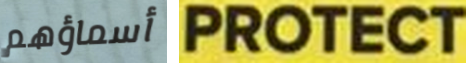
أسماؤهم PROTECT